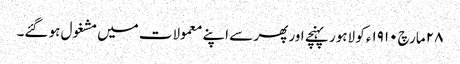
٢٨ مارچ ١٩١٠ء کو لاہور پہنچے اور پھر سے اپنے معمولات میں مشغول ہو گئے۔